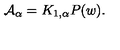
{ \cal A } _ { \alpha } = K _ { 1 , \alpha } P ( w ) .